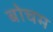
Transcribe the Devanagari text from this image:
बोचम